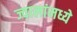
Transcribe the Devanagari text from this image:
ज्वालांमध्ये